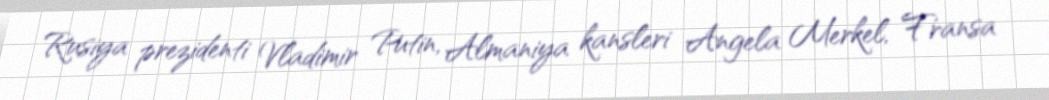
Rusiya prezidenti Vladimir Putin, Almaniya kansleri Angela Merkel, Fransa